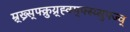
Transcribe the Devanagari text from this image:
म्र्ख्र्स्फ्क्रुय्र्ह्क्म्फ्स्य्सुफ्ज्व्